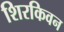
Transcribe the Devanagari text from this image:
शिरकिवन